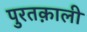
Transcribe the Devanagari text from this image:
पुरतक़ाली